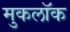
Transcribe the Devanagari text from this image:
मुकलॉक